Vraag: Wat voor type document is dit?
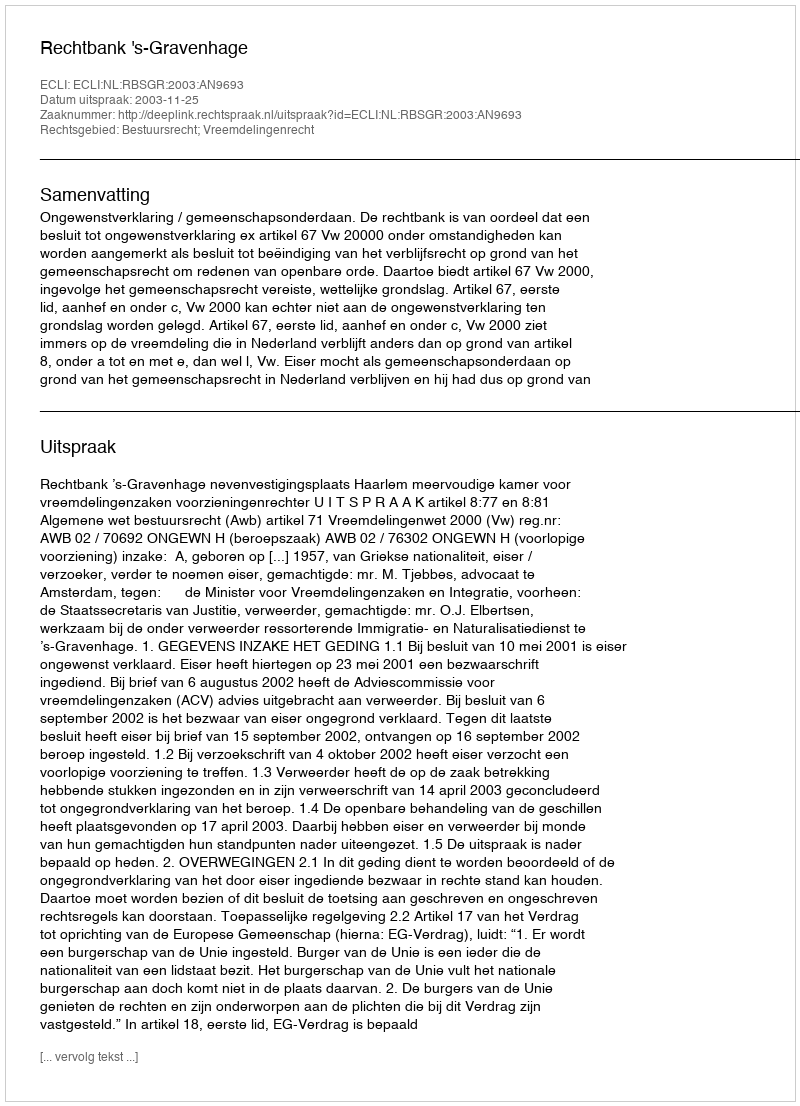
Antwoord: Uitspraak